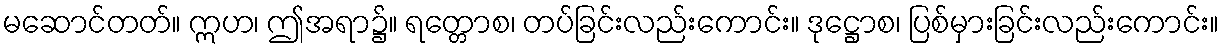
မဆောင်တတ်။ ဣဟ၊ ဤအရာ၌။ ရတ္တောစ၊ တပ်ခြင်းလည်းကောင်း။ ဒုဋ္ဌောစ၊ ပြစ်မှားခြင်းလည်းကောင်း။